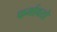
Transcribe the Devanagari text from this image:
फर्मावतो